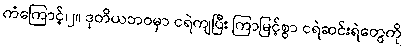
ကံကြောင့်၊၂။ ဒုတိယဘဝမှာ ငရဲကျပြီး ကြာမြင့်စွာ ငရဲဆင်းရဲတွေကို